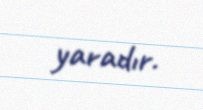
yaradır.